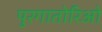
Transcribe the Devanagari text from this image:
पुरगातोरिओ